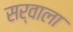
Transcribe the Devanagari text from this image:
सर्वाला